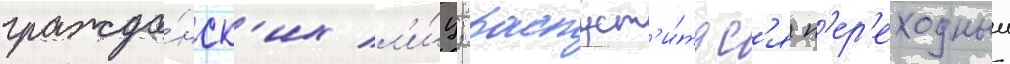
гражда́нск'их л'и́ц; распуст'и́тьс'я п'ер'еходныи